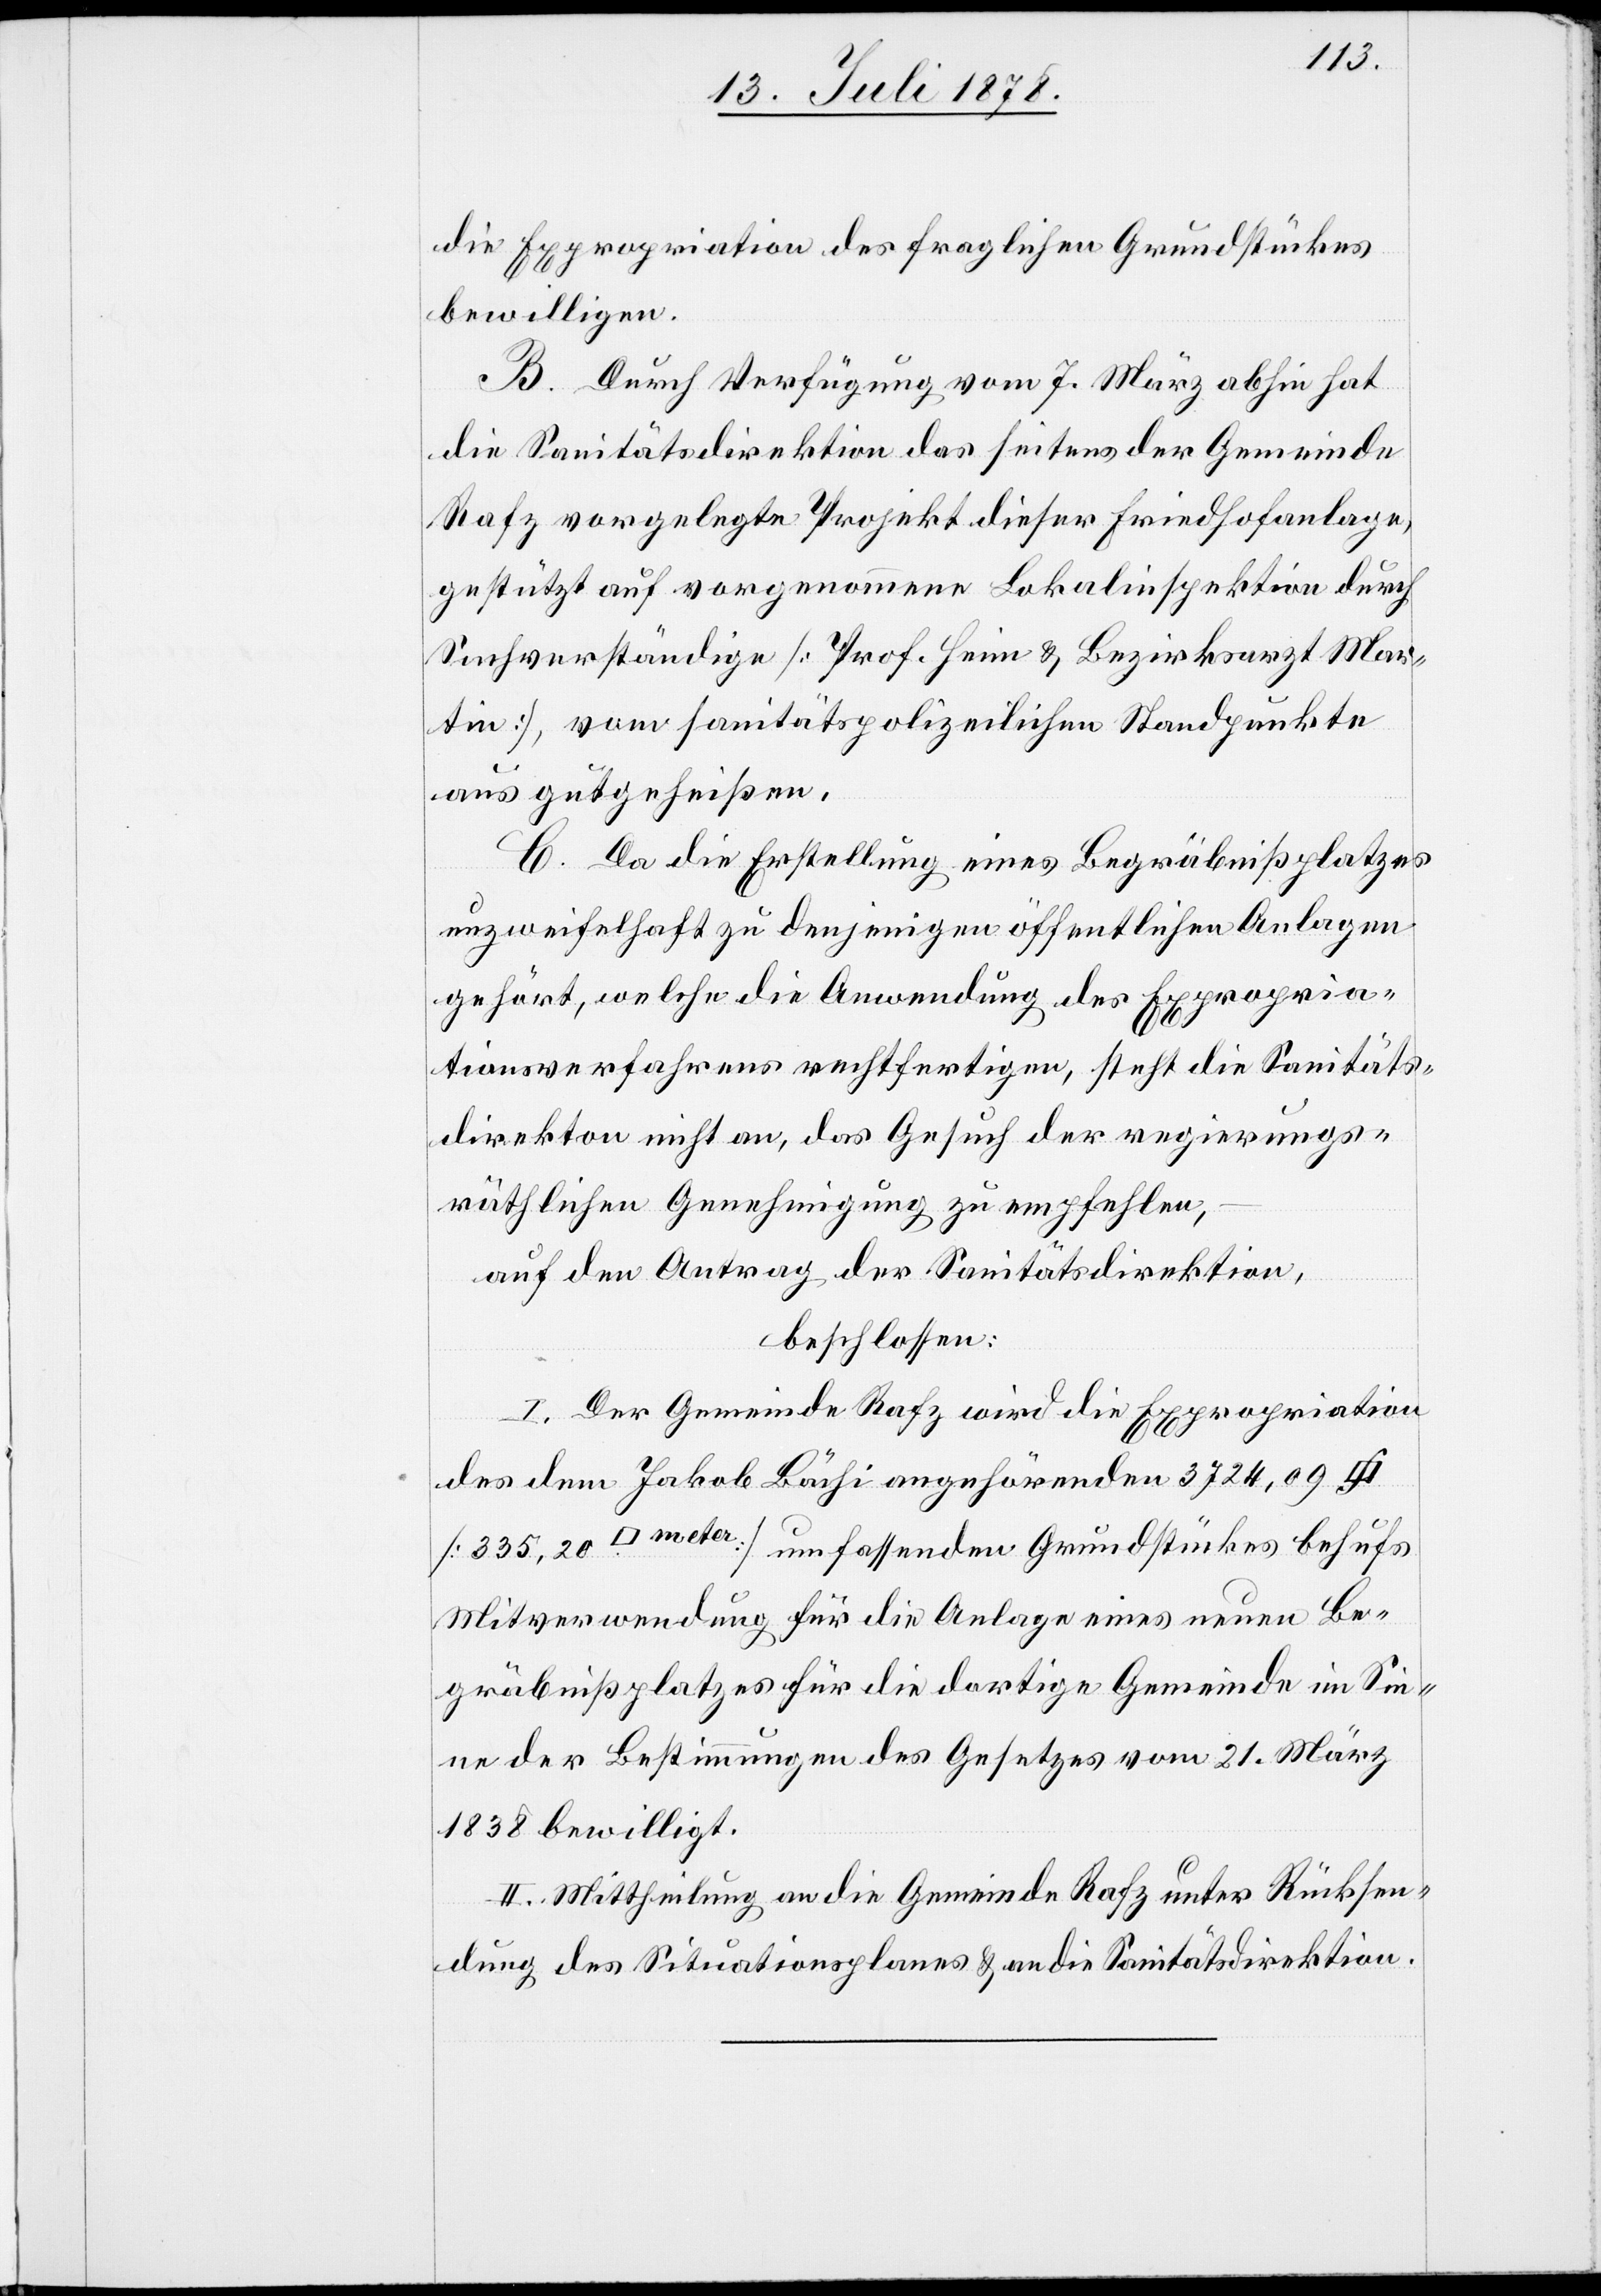
die Expropriation des fraglichen Grundstückes
bewilligen.
B. Durch Verfügung vom 7. März abhin hat
die Sanitätsdirektion das seitens der Gemeinde
Rafz vorgelegte Projekt dieser Friedhofanlage,
gestützt auf vorgenommene Lokalinspektion durch
Sachverständige [Prof. Heim & Bezirksarzt Mar¬
tin], vom sanitätspolizeilichen Standpunkte
aus gutgeheißen.
C. Da die Erstellung eines Begräbnißplatzes
unzweifelhaft zu denjenigen öffentlichen Anlagen
gehört, welche die Anwendung des Expropria¬
tionsverfahrens rechtfertigen, steht die Sanitäts¬
direkt[i]on nicht an, das Gesuch der regierungs¬
räthlichen Genehmigung zu empfehlen,
auf den Antrag der Sanitätsdirektion,
beschlossen:
I. Der Gemeinde Rafz wird die Expropriation
des dem Jakob Bächi angehörenden 3724,09
[335,20 [Quadratmeter]] umfassenden Grundstückes behufs
Mitverwendung für die Anlage eines neuen Be¬
gräbnißplatzes für die dortige Gemeinde im Sin¬
ne der Bestimmungen des Gesetzes vom 21. März
1838 bewilligt.
II. Mittheilung an die Gemeinde Rafz unter Rücksen¬
dung des Situationsplanes & an die Sanitätsdirektion.